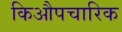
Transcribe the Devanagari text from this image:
किऔपचारिक